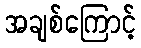
အချစ်ကြောင့်